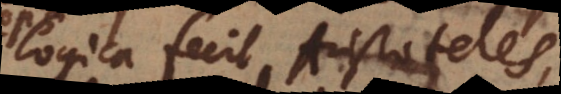
logica fecit Aristoteles,